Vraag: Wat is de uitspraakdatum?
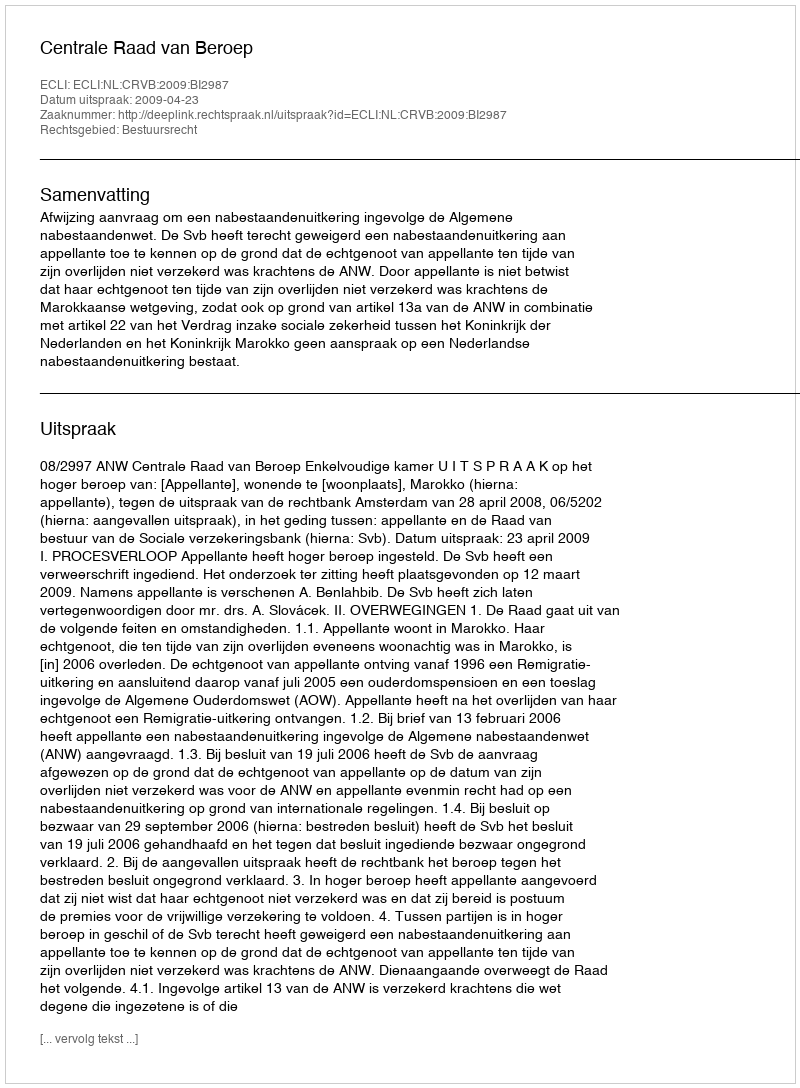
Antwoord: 2009-04-23